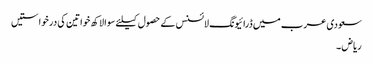
سعودی عرب میں ڈرائیونگ لائسنس کے حصول کیلئے سوا لاکھ خواتین کی درخواستیں
ریاض ۔